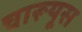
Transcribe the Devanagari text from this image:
चारूयूस